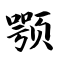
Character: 颚